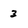
Character: 3